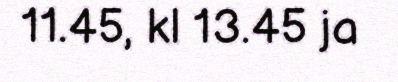
11.45, kl 13.45 ja